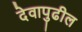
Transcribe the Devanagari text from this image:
देवापुढील